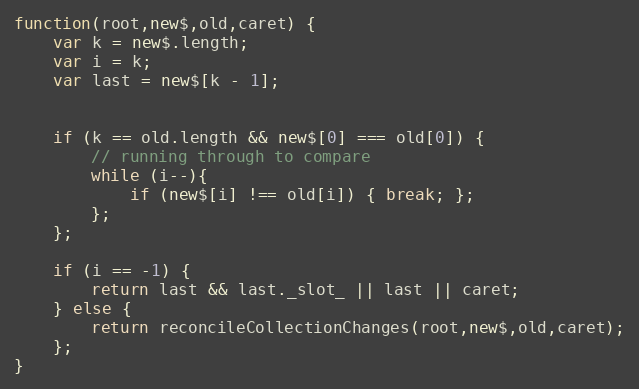
Language: JavaScript
function(root,new$,old,caret) {
	var k = new$.length;
	var i = k;
	var last = new$[k - 1];

	if (k == old.length && new$[0] === old[0]) {
		// running through to compare
		while (i--){
			if (new$[i] !== old[i]) { break; };
		};
	};

	if (i == -1) {
		return last && last._slot_ || last || caret;
	} else {
		return reconcileCollectionChanges(root,new$,old,caret);
	};
}